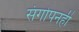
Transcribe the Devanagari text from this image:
संगोपनही